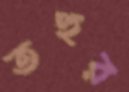
তহুর